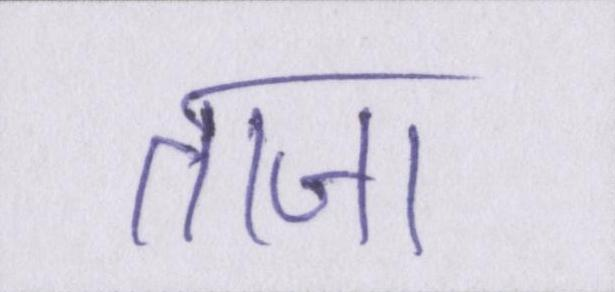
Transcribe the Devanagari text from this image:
ताजा